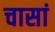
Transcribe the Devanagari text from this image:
चासां